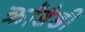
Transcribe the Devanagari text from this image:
क्रॉडैडी